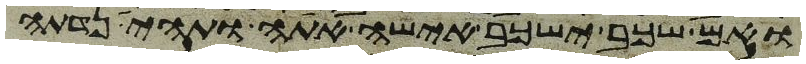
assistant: ואם שכב ישכב אישה אתה ותהי נדתה